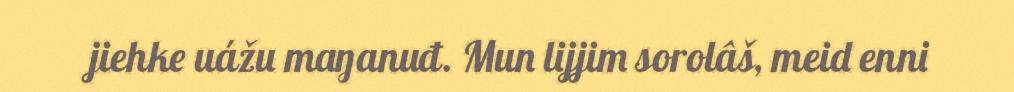
jiehke uážu maŋanuđ. Mun lijjim sorolâš, meid enni